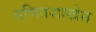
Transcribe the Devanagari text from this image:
गणितशाखेस